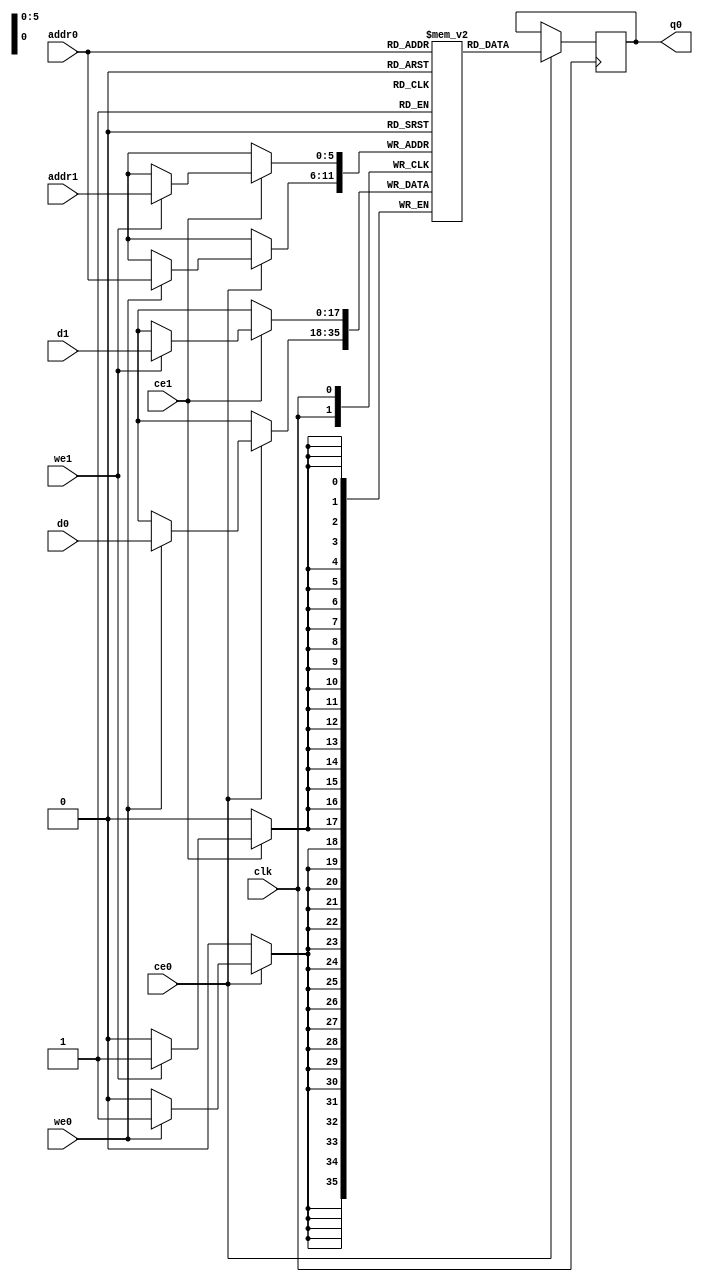
// ==============================================================
// Vivado(TM) HLS - High-Level Synthesis from C, C++ and SystemC v2019.2 (64-bit)
// Copyright 1986-2019 Xilinx, Inc. All Rights Reserved.
// ==============================================================
`timescale 1 ns / 1 ps
module conv_2d_cl_ss_ap_fixed_ap_fixed_18_8_5_3_0_config12_s_laypcA_ram (addr0, ce0, d0, we0, q0, addr1, ce1, d1, we1,  clk);

parameter DWIDTH = 18;
parameter AWIDTH = 6;
parameter MEM_SIZE = 48;

input[AWIDTH-1:0] addr0;
input ce0;
input[DWIDTH-1:0] d0;
input we0;
output reg[DWIDTH-1:0] q0;
input[AWIDTH-1:0] addr1;
input ce1;
input[DWIDTH-1:0] d1;
input we1;
input clk;

(* ram_style = "block" *)reg [DWIDTH-1:0] ram[0:MEM_SIZE-1];




always @(posedge clk)  
begin 
    if (ce0) begin
        if (we0) 
            ram[addr0] <= d0; 
        q0 <= ram[addr0];
    end
end


always @(posedge clk)  
begin 
    if (ce1) begin
        if (we1) 
            ram[addr1] <= d1; 
    end
end


endmodule

`timescale 1 ns / 1 ps
module conv_2d_cl_ss_ap_fixed_ap_fixed_18_8_5_3_0_config12_s_laypcA(
    reset,
    clk,
    address0,
    ce0,
    we0,
    d0,
    q0,
    address1,
    ce1,
    we1,
    d1);

parameter DataWidth = 32'd18;
parameter AddressRange = 32'd48;
parameter AddressWidth = 32'd6;
input reset;
input clk;
input[AddressWidth - 1:0] address0;
input ce0;
input we0;
input[DataWidth - 1:0] d0;
output[DataWidth - 1:0] q0;
input[AddressWidth - 1:0] address1;
input ce1;
input we1;
input[DataWidth - 1:0] d1;



conv_2d_cl_ss_ap_fixed_ap_fixed_18_8_5_3_0_config12_s_laypcA_ram conv_2d_cl_ss_ap_fixed_ap_fixed_18_8_5_3_0_config12_s_laypcA_ram_U(
    .clk( clk ),
    .addr0( address0 ),
    .ce0( ce0 ),
    .we0( we0 ),
    .d0( d0 ),
    .q0( q0 ),
    .addr1( address1 ),
    .ce1( ce1 ),
    .we1( we1 ),
    .d1( d1 ));

endmodule